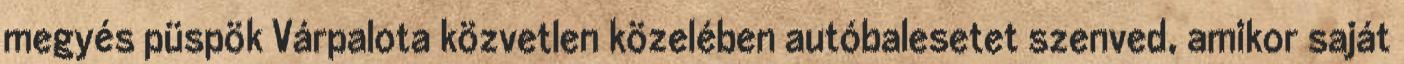
megyés püspök Várpalota közvetlen közelében autóbalesetet szenved, amikor saját